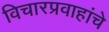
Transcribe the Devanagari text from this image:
विचारप्रवाहांचे